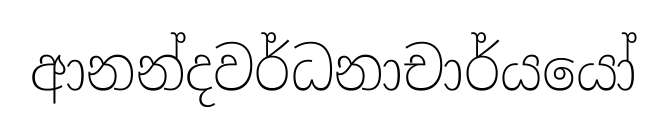
ආනන්දවර්ධනාචාර්යයෝ